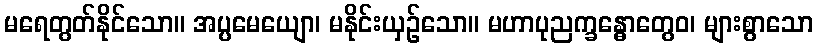
မရေတွတ်နိုင်သော။ အပ္ပမေယျော၊ မနိုင်းယှဉ်သော။ မဟာပုညက္ခန္ဓောတွေဝ၊ များစွာသော